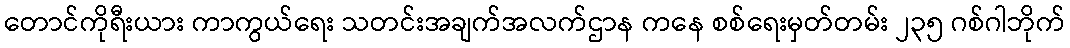
တောင်ကိုရီးယား ကာကွယ်ရေး သတင်းအချက်အလက်ဌာန ကနေ စစ်ရေးမှတ်တမ်း ၂၃၅ ဂစ်ဂါဘိုက်